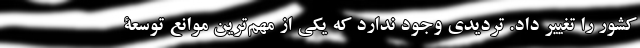
كشور را تغيير داد. ‌تردیدی وجود ندارد که یکی از مهم‌ترین موانع توسعة